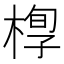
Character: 𣖆